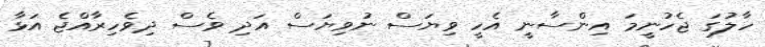
ހާލުގަ ޖެހުނީމަ އިންސާނީ އެހީ ވިޔަސް ނުވިޔަސް އަދި ވެސް ދިވެހިރާއްޖެ އަޅާ